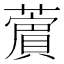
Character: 𦿜